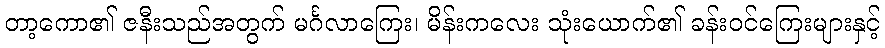
တာ့ကော၏ ဇနီးသည်အတွက် မင်္ဂလာကြေး၊ မိန်းကလေး သုံးယောက်၏ ခန်းဝင်ကြေးများနှင့်